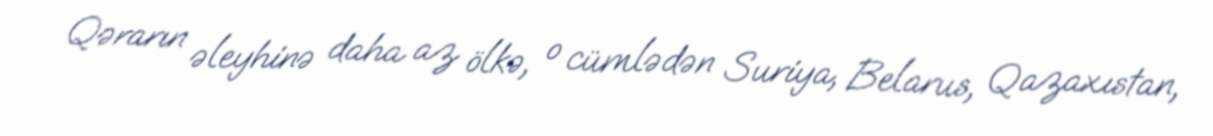
Qərarın əleyhinə daha az ölkə, o cümlədən Suriya, Belarus, Qazaxıstan,